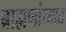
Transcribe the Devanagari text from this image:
ब्राह्मणांच्यात